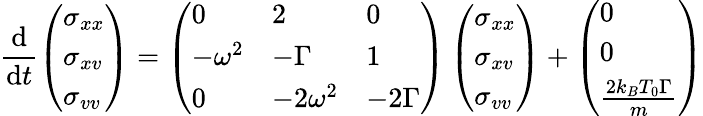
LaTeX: \frac{\mathrm d}{\mathrm dt}\left(\begin{array}{l}{\sigma_{xx}}\\ {\sigma_{xv}}\\ {\sigma_{vv}}\end{array}\right)=\left(\begin{array}{lll}{0}&{2}&{0}\\ {-\omega^{2}}&{-\Gamma}&{1}\\ {0}&{-2\omega^{2}}&{-2\Gamma}\end{array}\right)\left(\begin{array}{l}{\sigma_{xx}}\\ {\sigma_{xv}}\\ {\sigma_{vv}}\end{array}\right)+\left(\begin{array}{l}{0}\\ {0}\\ {\frac{2k_{B}T_{0}\Gamma}{m}}\end{array}\right)